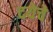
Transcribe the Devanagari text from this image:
दयेचे